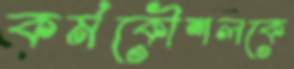
কর্মকৌশলকে